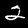
Label: 2